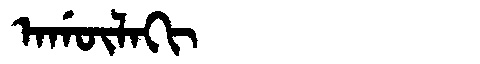
Manchu: ᠠᡤᡡᠯᠠᡴᡳ
Romanization: AGŪLAKI